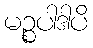
မဉ္စပါဒါပိ